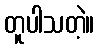
တူပါသတဲ့။